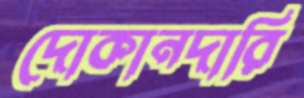
দোকানদারি